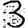
Digit: 3